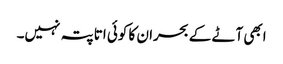
ابھی آٹے کے بحران کا کوئی اتا پتہ نہیں۔